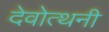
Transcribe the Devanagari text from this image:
देवोत्थनी